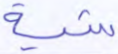
شية